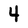
Character: 4